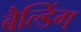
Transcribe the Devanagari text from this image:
बैल्डिंग